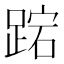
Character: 𮛬